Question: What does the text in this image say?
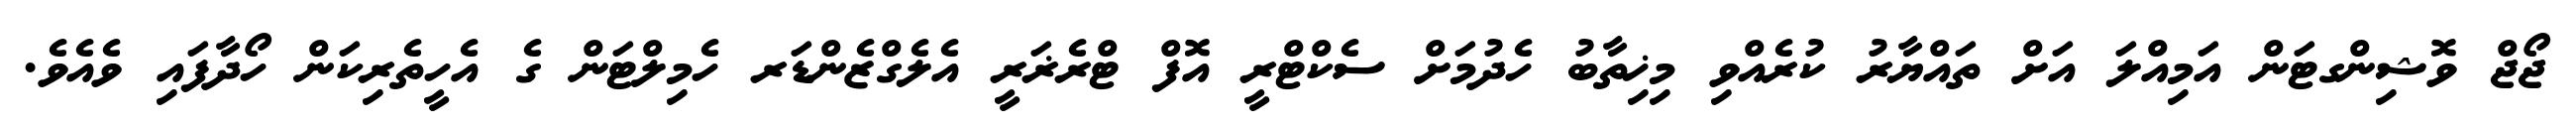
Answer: ޖޯޖް ވޮޝިންގޓަން އަމިއްލަ އަށް ތައްޔާރު ކުރެއްވި މިޚިތާބު ހެދުމަށް ސެކްޓްރީ އޮފް ޓްރެޜަރީ އެލެގްޒެންޑަރ ހެމިލްޓަން ގެ އެހީތެރިކަން ހޯދާފައި ވެއެވެ.